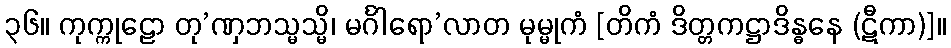
၃၆။ ကုက္ကုဠော တု’ဏှဘသ္မသ္မိ၊ မင်္ဂါရော’လာတ မုမ္မုကံ [တိကံ ဒိတ္တကဋ္ဌာဒိန္ဓနေ (ဋီကာ)]။